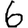
Digit: 6